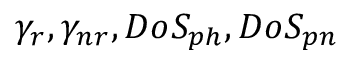
\gamma _ { r } , \gamma _ { n r } , D o S _ { p h } , D o S _ { p n }